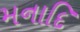
મનાદિ